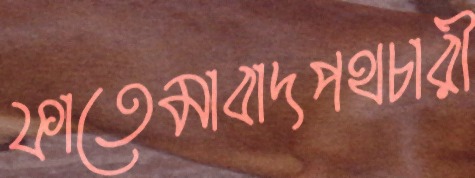
ফাতেমাবাদপথচারী